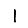
Digit: 1